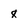
Character: 8